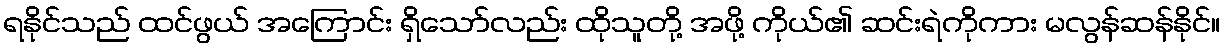
ရနိုင်သည် ထင်ဖွယ် အကြောင်း ရှိသော်လည်း ထိုသူတို့ အဖို့ ကိုယ်၏ ဆင်းရဲကိုကား မလွန်ဆန်နိုင်။